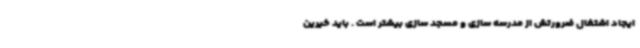
ایجاد اشتغال ضرورتش از مدرسه سازی و مسجد سازی بیشتر است . باید خیرین